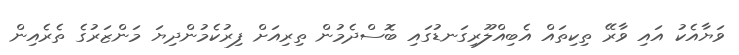
ވަޔާއެކު އައި ވާރޭ ތިކިތައް އެބިއްލޫރިގަނޑުގައި ބޮސްދެމުން ތިރިއަށް ފިރުކެމުންދިޔަ މަންޒަރުގެ ތެރެއިން